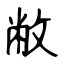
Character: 敝